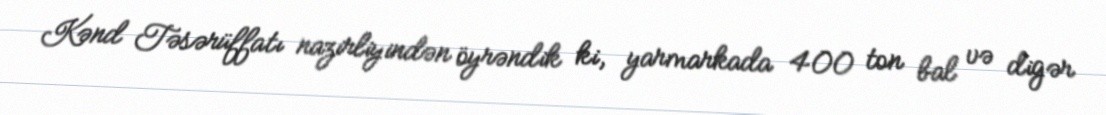
Kənd Təsərüffatı nazirliyindən öyrəndik ki, yarmarkada 400 ton bal və digər